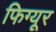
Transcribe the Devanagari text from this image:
फिग्यूर